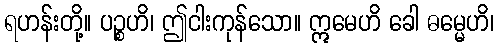
ရဟန်းတို့။ ပဉ္စဟိ၊ ဤငါးကုန်သော။ ဣမေဟိ ခေါ ဓမ္မေဟိ၊